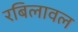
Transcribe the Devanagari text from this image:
रबिलावल